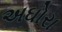
અઘોરા